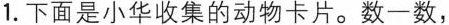
1.下面是小华收集的动物卡片。数一数，